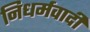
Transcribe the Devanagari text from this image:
निधर्मवादी